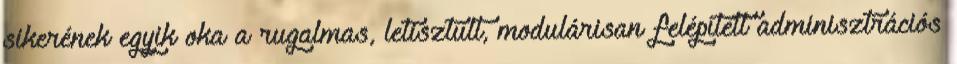
sikerének egyik oka a rugalmas, letisztult, modulárisan felépített adminisztrációs